Insane asylums in Bengal annual reports 1876-1887 - 1876-1887
Year: 1876
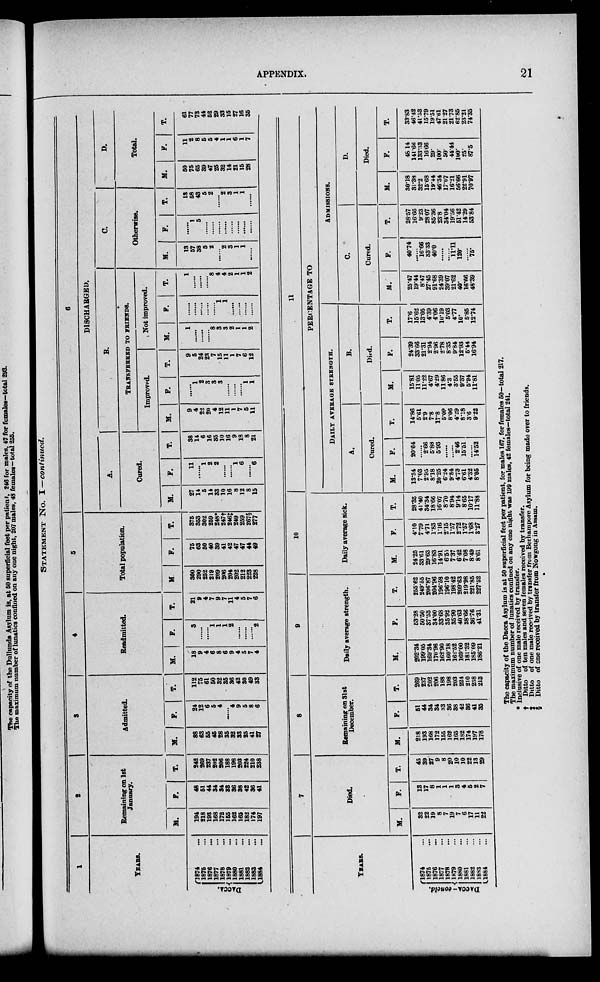
APPENDIX.
21
STATEMENT No. I—continued.
1
YEARS.
DACCA
1874 ...
1875 ...
1876 ...
1877 ...
1878 ...
1879 ...
1880 ...
1881 ...
1882 ...
1883 ...
1884 ...
2
Remaining on 1st
January.
M
194
218
193
168
172
155
162
165
182
174
197
F.
48
51
44
34
34
33
36
38
42
86
41
T.
242
269
237
202
206
188
198
203
224
210
238
3
Admitted.
M.
88
63
55
45
28
35
32
33
25
41
27
F.
24
12
6
5
4
......
4
9
5
8
6
T.
112
75
61
50
32
35
36
42
30
49
33
4
Readmitted.
M.
18
9
4
6
8
6
9
4
5
7
4
F.
3
......
......
1
1
1
2
......
......
...... 2
T.
21
9
4
7
9
7
11
4
5
7
6
5
Total population.
M.
300
290
252
219
209
206
204
202
212
223
228
F.
75
63
50
40
39
41
42
47
47
44
49
T.
375
353
302
259
248*
247†
246‡
249
259
267§
277
6
DISCHARGED.
A.
Cured.
M.
27
14
5
14
33
10
16
8
12
8
15
F.
11
......
1
2
2
......
......
1
6
......
6
T.
38
14
6
16
35
10
16
9
18
8
21
B.
Transferred to friends.
Improved.
M.
9
4
22
20
4
12
11
1
7
5
11
F.
......
1
2
3
3
3
......
......
......
1
1
T.
9
5
24
23
7
15
11
1
7
6
12
Not improved.
M.
1
......
......
......
8
3
3
2
1
1
2
F.
......
......
......
......
......
1
1
......
......
......
......
T.
1
......
......
......
8
4
4
2
1
1
2
C.
Otherwise.
M.
13
57
38
5
2
......
2
3
1
1
......
F.
......
1
5
......
......
......
......
......
......
......
......
T.
13
58
43
5
2
2
3
1
1
......
D.
Total.
M.
50
75
65
39
47
25
32
14
21
15
28
F.
11
2
8
5
5
4
1
1
6
1
7
T.
61
77
73
44
52
29
33
15
27
16
35
TEARS.
DACCA- concld.
l874 ...
1875 ...
1876 ...
1877 ...
1878 ...
1879 ...
1880 ...
1881 ...
1882 ...
1883 ...
1884 ...
7
Died.
M.
32
22
19
8
7
19
7
6
17
11
22
F.
13
17
8
1
1
1
3
4
5
2
7
T.
45
39
27
9
8
20
10
10
22
13
29
8
Remaining on 31st
December.
M.
218
193
168
172
155
162
165
182
174
197
178
P.
51
44
34
34
33
36
38
42
36
41
35
T.
269
237
202
206
188
198
203
224
210
238
213
9
Daily average strength.
M.
202.34
199.05
169.34
170.96
162.90
160.18
162.52
169.00
181.32
185.09
186.21
F.
53.28
50.50
37.53
34.00
33.68
35.92
35.90
40'63
38.66
36.76
41.31
T.
255.62
249.55
206.87
204.96
196.58
196.10
198.42
209.63
219.98
221.85
227.52
10
Daily average sick.
M.
24.25
33.61
29.63
16.83
14.91
6.55
7.37
6.42
7.08
8.49
8.61
F.
4.10
7.79
471
1.83
1.16
2.15
1.57
2.72
1.57
1.68
3.27
T.
28.35
41.40
34.34
18.66
16.07
8.70
8.94
9.14
8.65
10.17
11.88
11
PERCENTAGE TO
Daily average strength.
A.
Cured.
M.
13.84
7.03
2.95
8.18
20.25
6.24
9.84
4.73
6.61
4.32
8.05
F.
20.64
......
2.66
5.88
5.93
......
......
2.46
15.51
......
14.52
T.
14.86
5.61
2.9
7.8
17.8
5.09
8.06
4.29
8.18
3.6
9.22
B.
Died.
M.
15.81
11.05
11.22
4.67
4.29
11.86
4.3
3.55
9.37
5.94
11.81
F.
24.39
33.66
21.31
2.94
2.96
2.78
8.35
9.84
12.93
5.44
16.94
T.
17.6
15.62
13.05
4.39
4.06
10.19
5.03
4.77
10.
5.85
12.74
Admissions.
C.
Cured.
M.
25.47
19.44
8.47
27.45
91.68
24.39
39.07
21.62
40.
16.66
48.39
F.
40.74
......
16.66
33.33
40.0
......
......
11.11
120.
......
75.
T.
28.57
16.66
9.23
28.07
85.36
23.8
34.04
19.56
51.42
14.29
53.84
D.
Died.
M.
30.18
31.38
32.2
15.68
19.44
46.34
17.07
16.21
56.66
22.91
70.97
F.
48.14
141.66
133.33
16.66
29.
100.
50.
44.44
100.
25.
87.5
T.
33.83
46.42
41.53
15.79
19.51
47.61
2127
21.73
62.85
23.21
74.35
The capacity of the Dacca Asylum is at 50 superficial feet per patient, for males 167, for females 50—total 217.
The maximum number of lunatics confined on any one night, was 199 males, 42 females—total 241.
*Inclusive of one male received by transfer.
† Ditto of ten males and seven females received by transfer.
‡ Ditto of one male received by transfer from Berhampore Asylum for being made over to friends.
§ Ditto of one received by transfer from Nowgong in Assam.